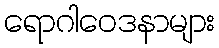
ရောဂါဝေဒနာများ